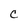
Character: C